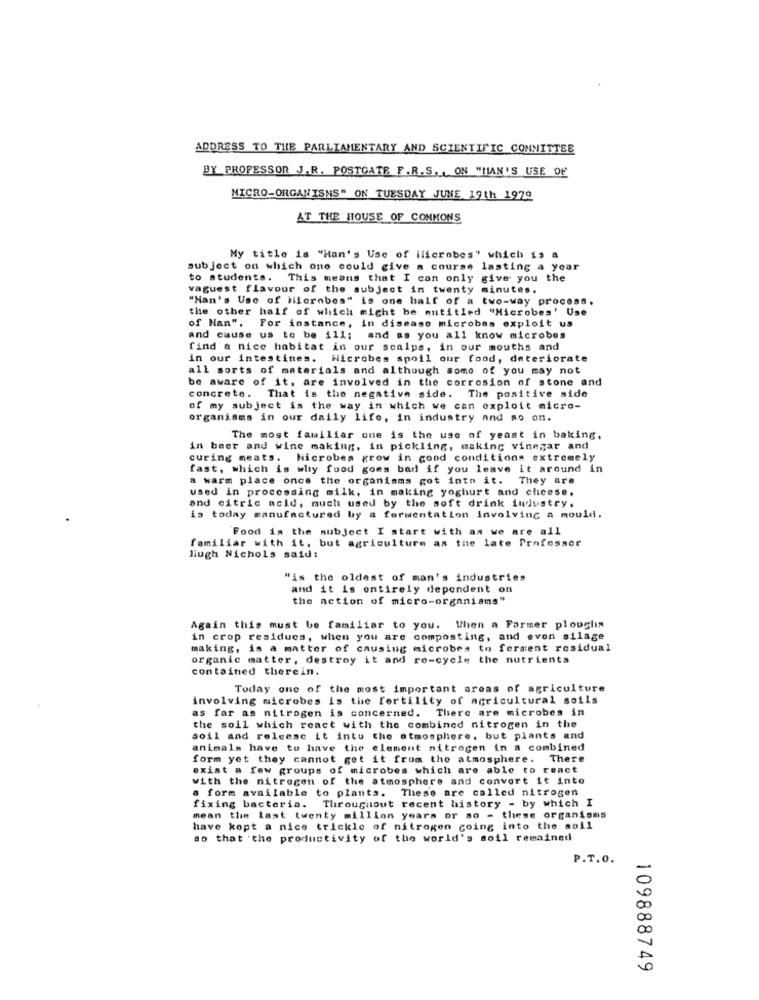
ADDRESS TO THE PARLIAMENTARY AND SCIENTIFIC COMMITTEE
PY PROFESSOR J.R. POSTGATE F.R.S ., ON "MAN'S USE OF
MICRO-ORGANISMS" ON TUESDAY JUNE 19th 1979
AT THE HOUSE OF COMMONS
My title is "Han's Use of ilicrobes" which is &
subject on which one could give a course lasting a year
to students. This means that I can only give you the
vaguest flavour of the subject in twenty minutes.
"Han's Use of Hilorobes" is one half of a two-way process.
the other half of which might be mutitled "Microbes' Use
of Nan". For instance, in disease microbes exploit us
and cause us to be ill; and as you all know microbes
find a nice habitat in our scalps, in our mouths and
in our intestines. Hicrobes spoil our food, deteriorate
all sorts of materials and although some of you may not
be aware of it, are involved in the corrosion of stone and
concrete. That is the negative side. The positive side
of my subject is the way in which we can oxploit micro-
organisms in our daily life, in industry and so on.
The most familiar one is the use of yeast in baking,
in beer and wine making. in pickling, making vinegar and
curing meats. Microbes grow in cond conditions extremely
fast, which is why food goes bad if you leave it around in
a warm place once the organisms got into it. They are
used in processing milk, in making yoghurt and cheese.
and citric acid, much used by the soft drink industry.
is today manufactured by a fermentation involving a mould.
Food is the subject I start with as we are all
familiar with it, but agriculture as the late Professor
lugh Nichols said:
'is the oldest of man's industries
and it is entirely dependent on
the action of micro-organisms"
Again this must be familiar to you. When a Farmer ploughis
in crop residues, when you are composting, and even silage
making, is a matter of causing microbes to ferment residual
organic matter, destroy it and ro-cycle the nutrients
contained therein.
Today one of the most important areas of agriculture
involving microbes is the fertility of agricultural soils
as far as nitrogen is concerned. There are microbes in
the soil which react with the combined nitrogen in the
soil and release it into the atmosphere, but plants and
animals have to have the element nitrogen in a combined
form yet they cannot get it from the atmosphere. There
exist a few groups of microbes which are able to react
with the nitrogen of the atmosphere and convert it into
a form available to plants.
These are called nitrogen
fixing bacteria. Throughout recent history - by which I
mean the Last twenty million years or so - tliese organisms
have kopt a nice trickle of nitrogen going into the soil
so that the productivity of the world's soil remained
P.T.O.
00
00
109888749